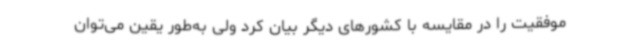
موفقیت را در مقایسه با کشورهای دیگر بیان کرد ولی به‌طور یقین می‌توان